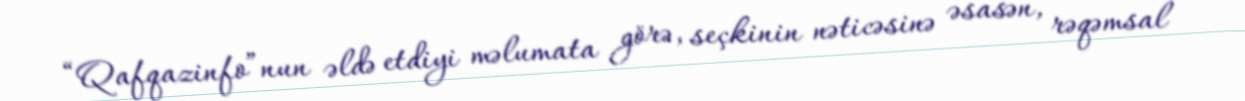
“Qafqazinfo”nun əldə etdiyi məlumata görə, seçkinin nəticəsinə əsasən, rəqəmsal